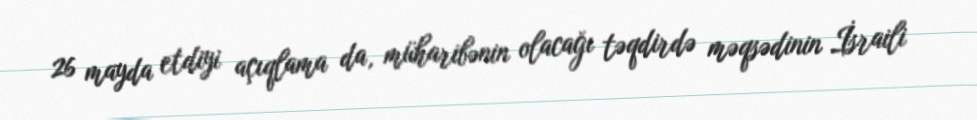
26 mayda etdiyi açıqlama da, müharibənin olacağı təqdirdə məqsədinin İsraili